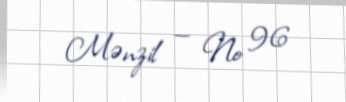
Mənzil — № 96